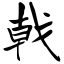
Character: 戟